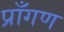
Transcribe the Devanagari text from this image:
प्राँगण